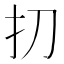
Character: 㧅